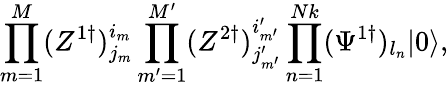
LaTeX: \prod_{m=1}^{M}(Z^{1\dagger})_{j_{m}}^{i_{m}}\prod_{m^{\prime}=1}^{M^{\prime}}(Z^{2\dagger})_{j_{m^{\prime}}^{\prime}}^{i_{m^{\prime}}^{\prime}}\prod_{n=1}^{Nk}(\Psi^{1\dagger})_{l_{n}}|0\rangle,